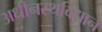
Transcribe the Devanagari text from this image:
अधीनस्थविधान